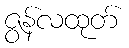
ဇွန်လထုတ်